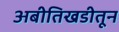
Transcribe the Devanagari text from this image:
अबीतिखडीतून